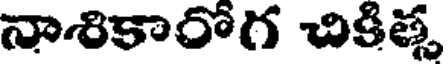
నాశికారోగ చికిత్స